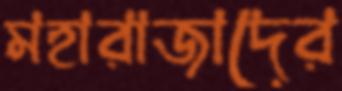
মহারাজাদের